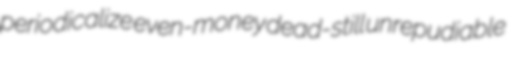
periodicalize even-money dead-still unrepudiable